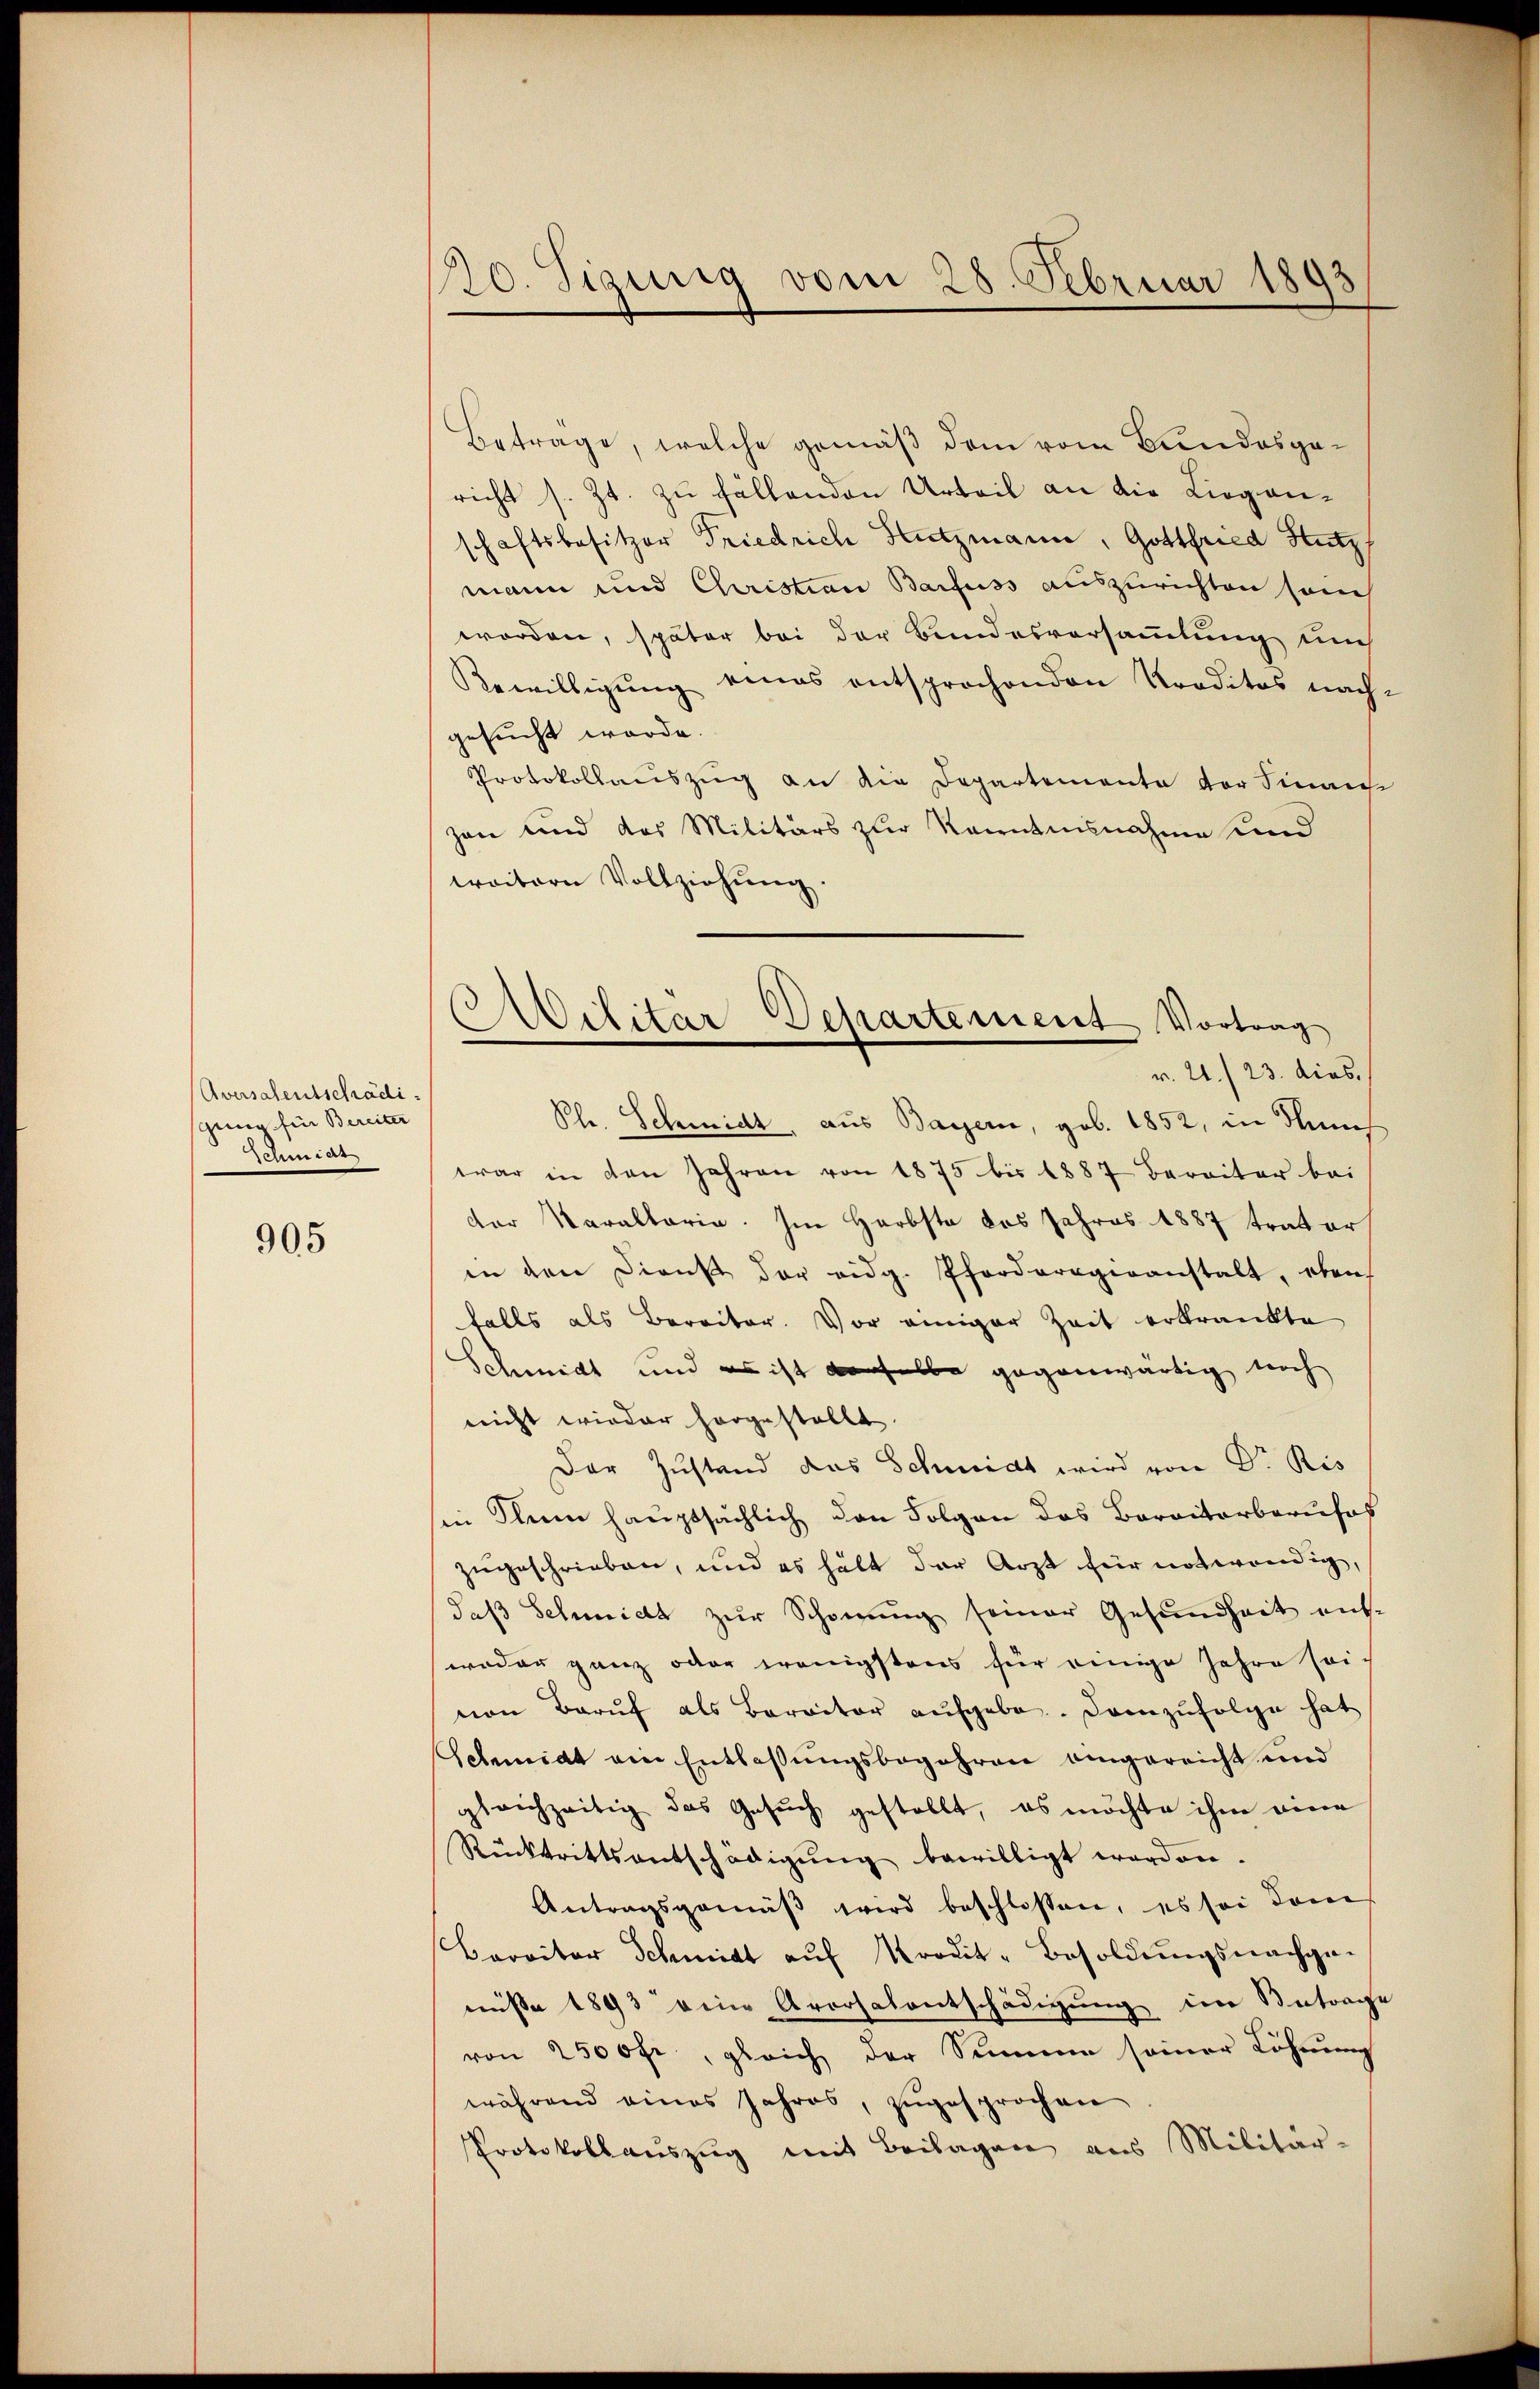
Aversalentschädisging für Bereiter
Schmidt

905

10. Sigrig vom 28. Februar 1893

Betrage, welche gemäß dem vom Bundesgericht s. Zt. zu fällenden Urteil an die Liegenschaftsbesitzer Friedrich Hutzmann, Gottfried Hutz
mann und Christian Barfuss auszurichten son
worden, später bei der Bundesversammlung un
Bewilligŭng eines entsprochenden Kreditos nach-
gesucht werde.
Protokollauszug an die Departemente der Finanz
zen und das Militärs zur Kenntnisnahme und
weitern Vollziehung.
Phr. Schmidt, aus Bayern, gob. 1852, in dems
war in den Jahren von 1875 bis 1887 bereiter bei
der Maraltaria. Im Herbste des Jahres 1887 trator
in den Diens der eidg. Pforderogenanstalt, eben
falls als Bereiter. Vor einiger Zeit erkrankte
Schmidt und es ist derselbe gegenwärtig noch
nicht wieder hergestellt.
Der Zustand das Schmidt wird von Dr. Ris
in Klim hauptsächlich den Folgen das Baraiterberufes
zugeschrieben, und es hält der Arzt für notwendig,
Saß Schmidt zur Schonung seiner Gesundheit ent-
weder ganz oder wenigstens für einige Jahre sei.
von Barŭf als Barritor aŭfgebe. Demzufolge hat
Schmidt ein Entlaßungsbegehren eingereicht und
gleichzeitig das Gesuch gestellt, es möchte ihm eine
Rücktrittsentschädigŭng bewilligt worden.
Antragsgemäβ wird beschlossen, es sei kom
Barritor Schmidt aŭf Prodit-Besoldŭngsnachge-
misse 1893 dein Aversalentschädigŭng im Antrage
von 2500 fr., gleich der Summe seiner Löhnung
während eines Jahres, zugesprochen
Protokollauszug mit Beilagen aus Militär-

Wilitar Departement Vortrag
v. 21./23. dies